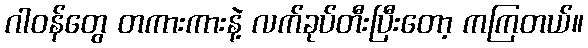
ဂါဝန်တွေ တကားကားနဲ့ လက်ခုပ်တီးပြီးတော့ ကကြတယ်။